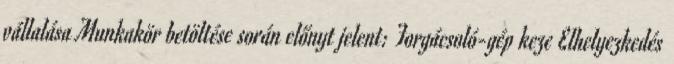
vállalása Munkakör betöltése során előnyt jelent: Forgácsoló-gép keze Elhelyezkedés